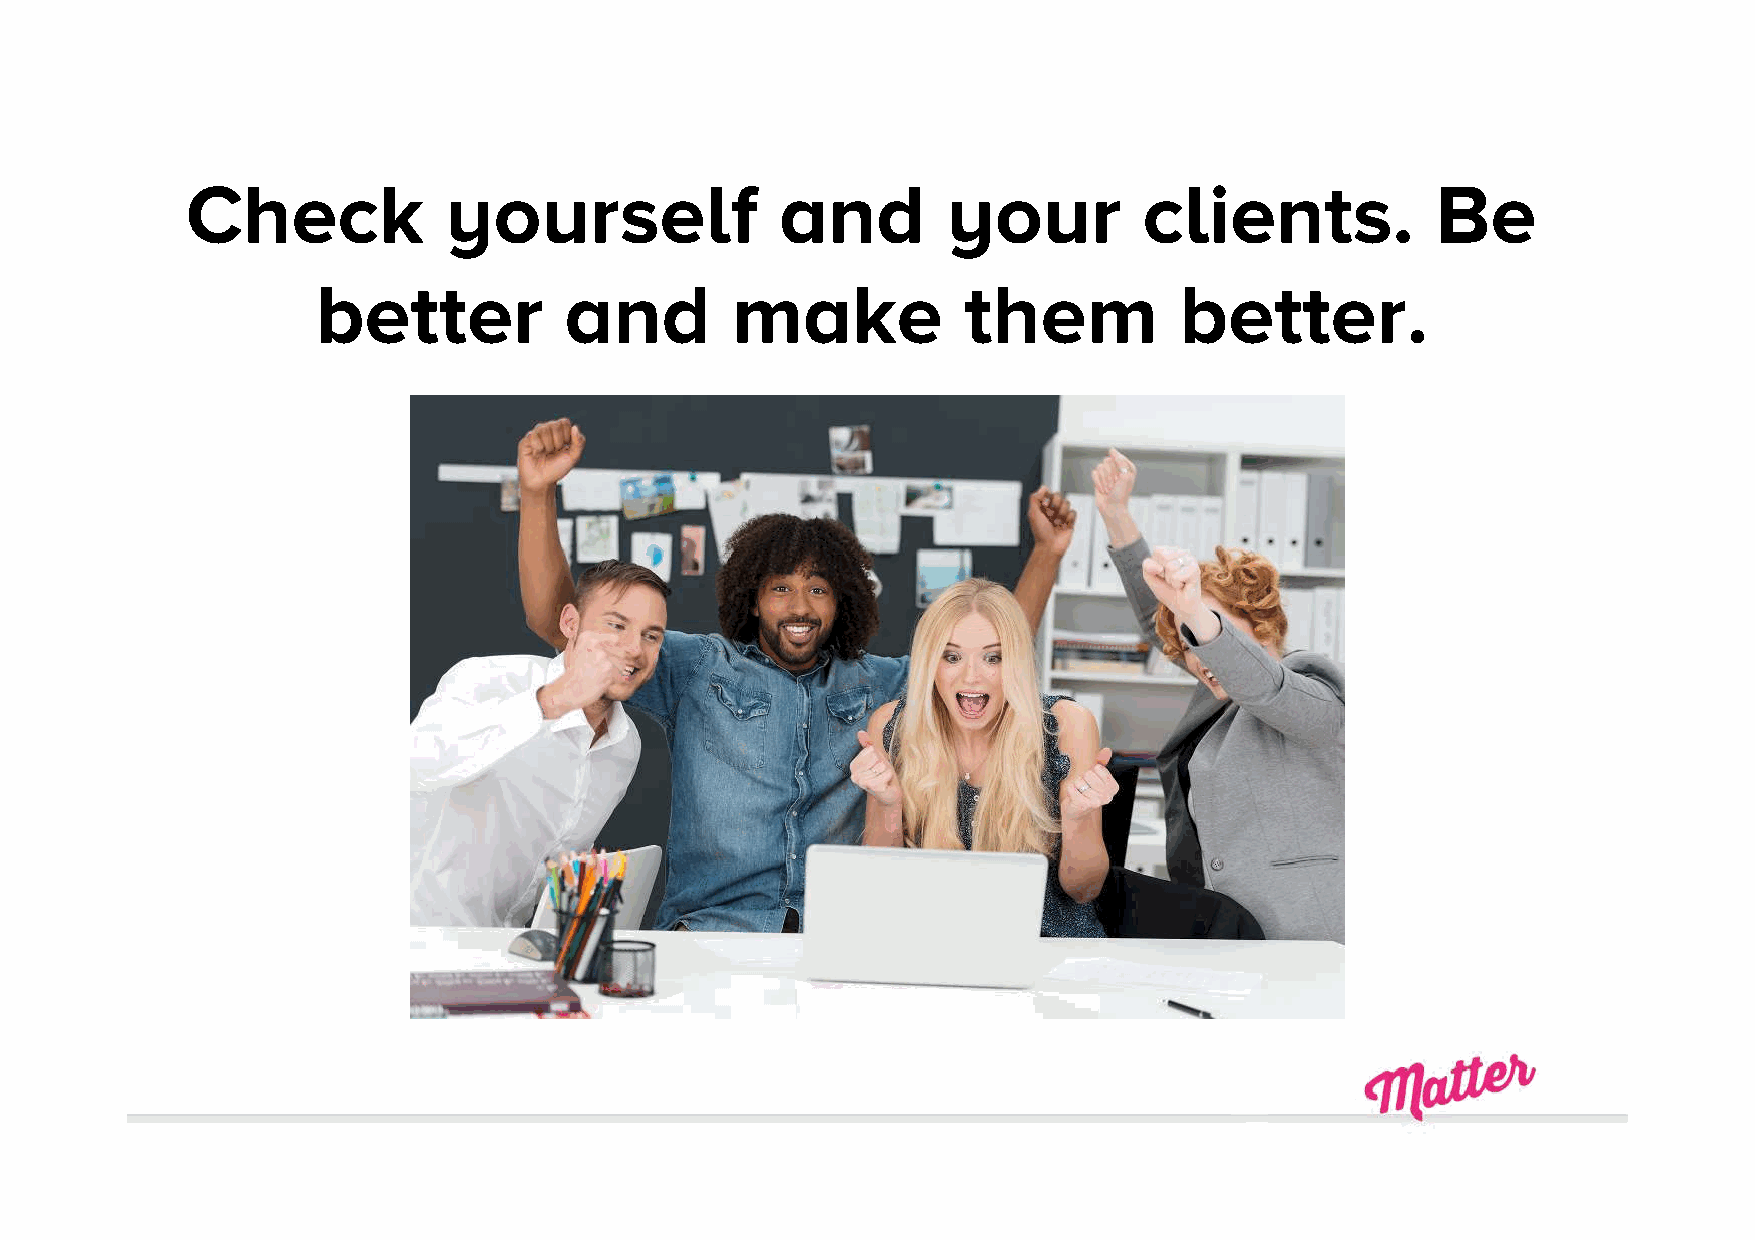
Check            yourself               and        your         clients.           Be
 better          and        make            them          better.